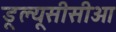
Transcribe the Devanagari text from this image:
डूल्यूसीसीओ